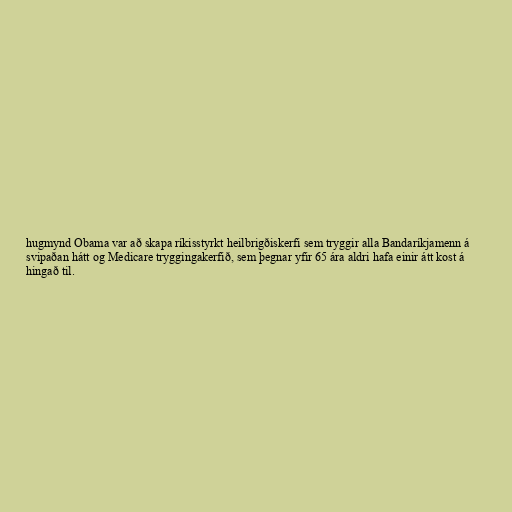
hugmynd Obama var að skapa ríkisstyrkt heilbrigðiskerfi sem tryggir alla Bandaríkjamenn á
svipaðan hátt og Medicare tryggingakerfið, sem þegnar yfir 65 ára aldri hafa einir átt kost á
hingað til.